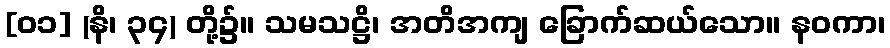
[၀၁] (နိ၊ ၃၄) တို့၌။ သမသဋ္ဌိ၊ အတိအကျ ခြောက်ဆယ်သော။ နဝကာ၊